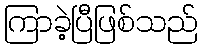
ကြာခဲ့ပြီဖြစ်သည်